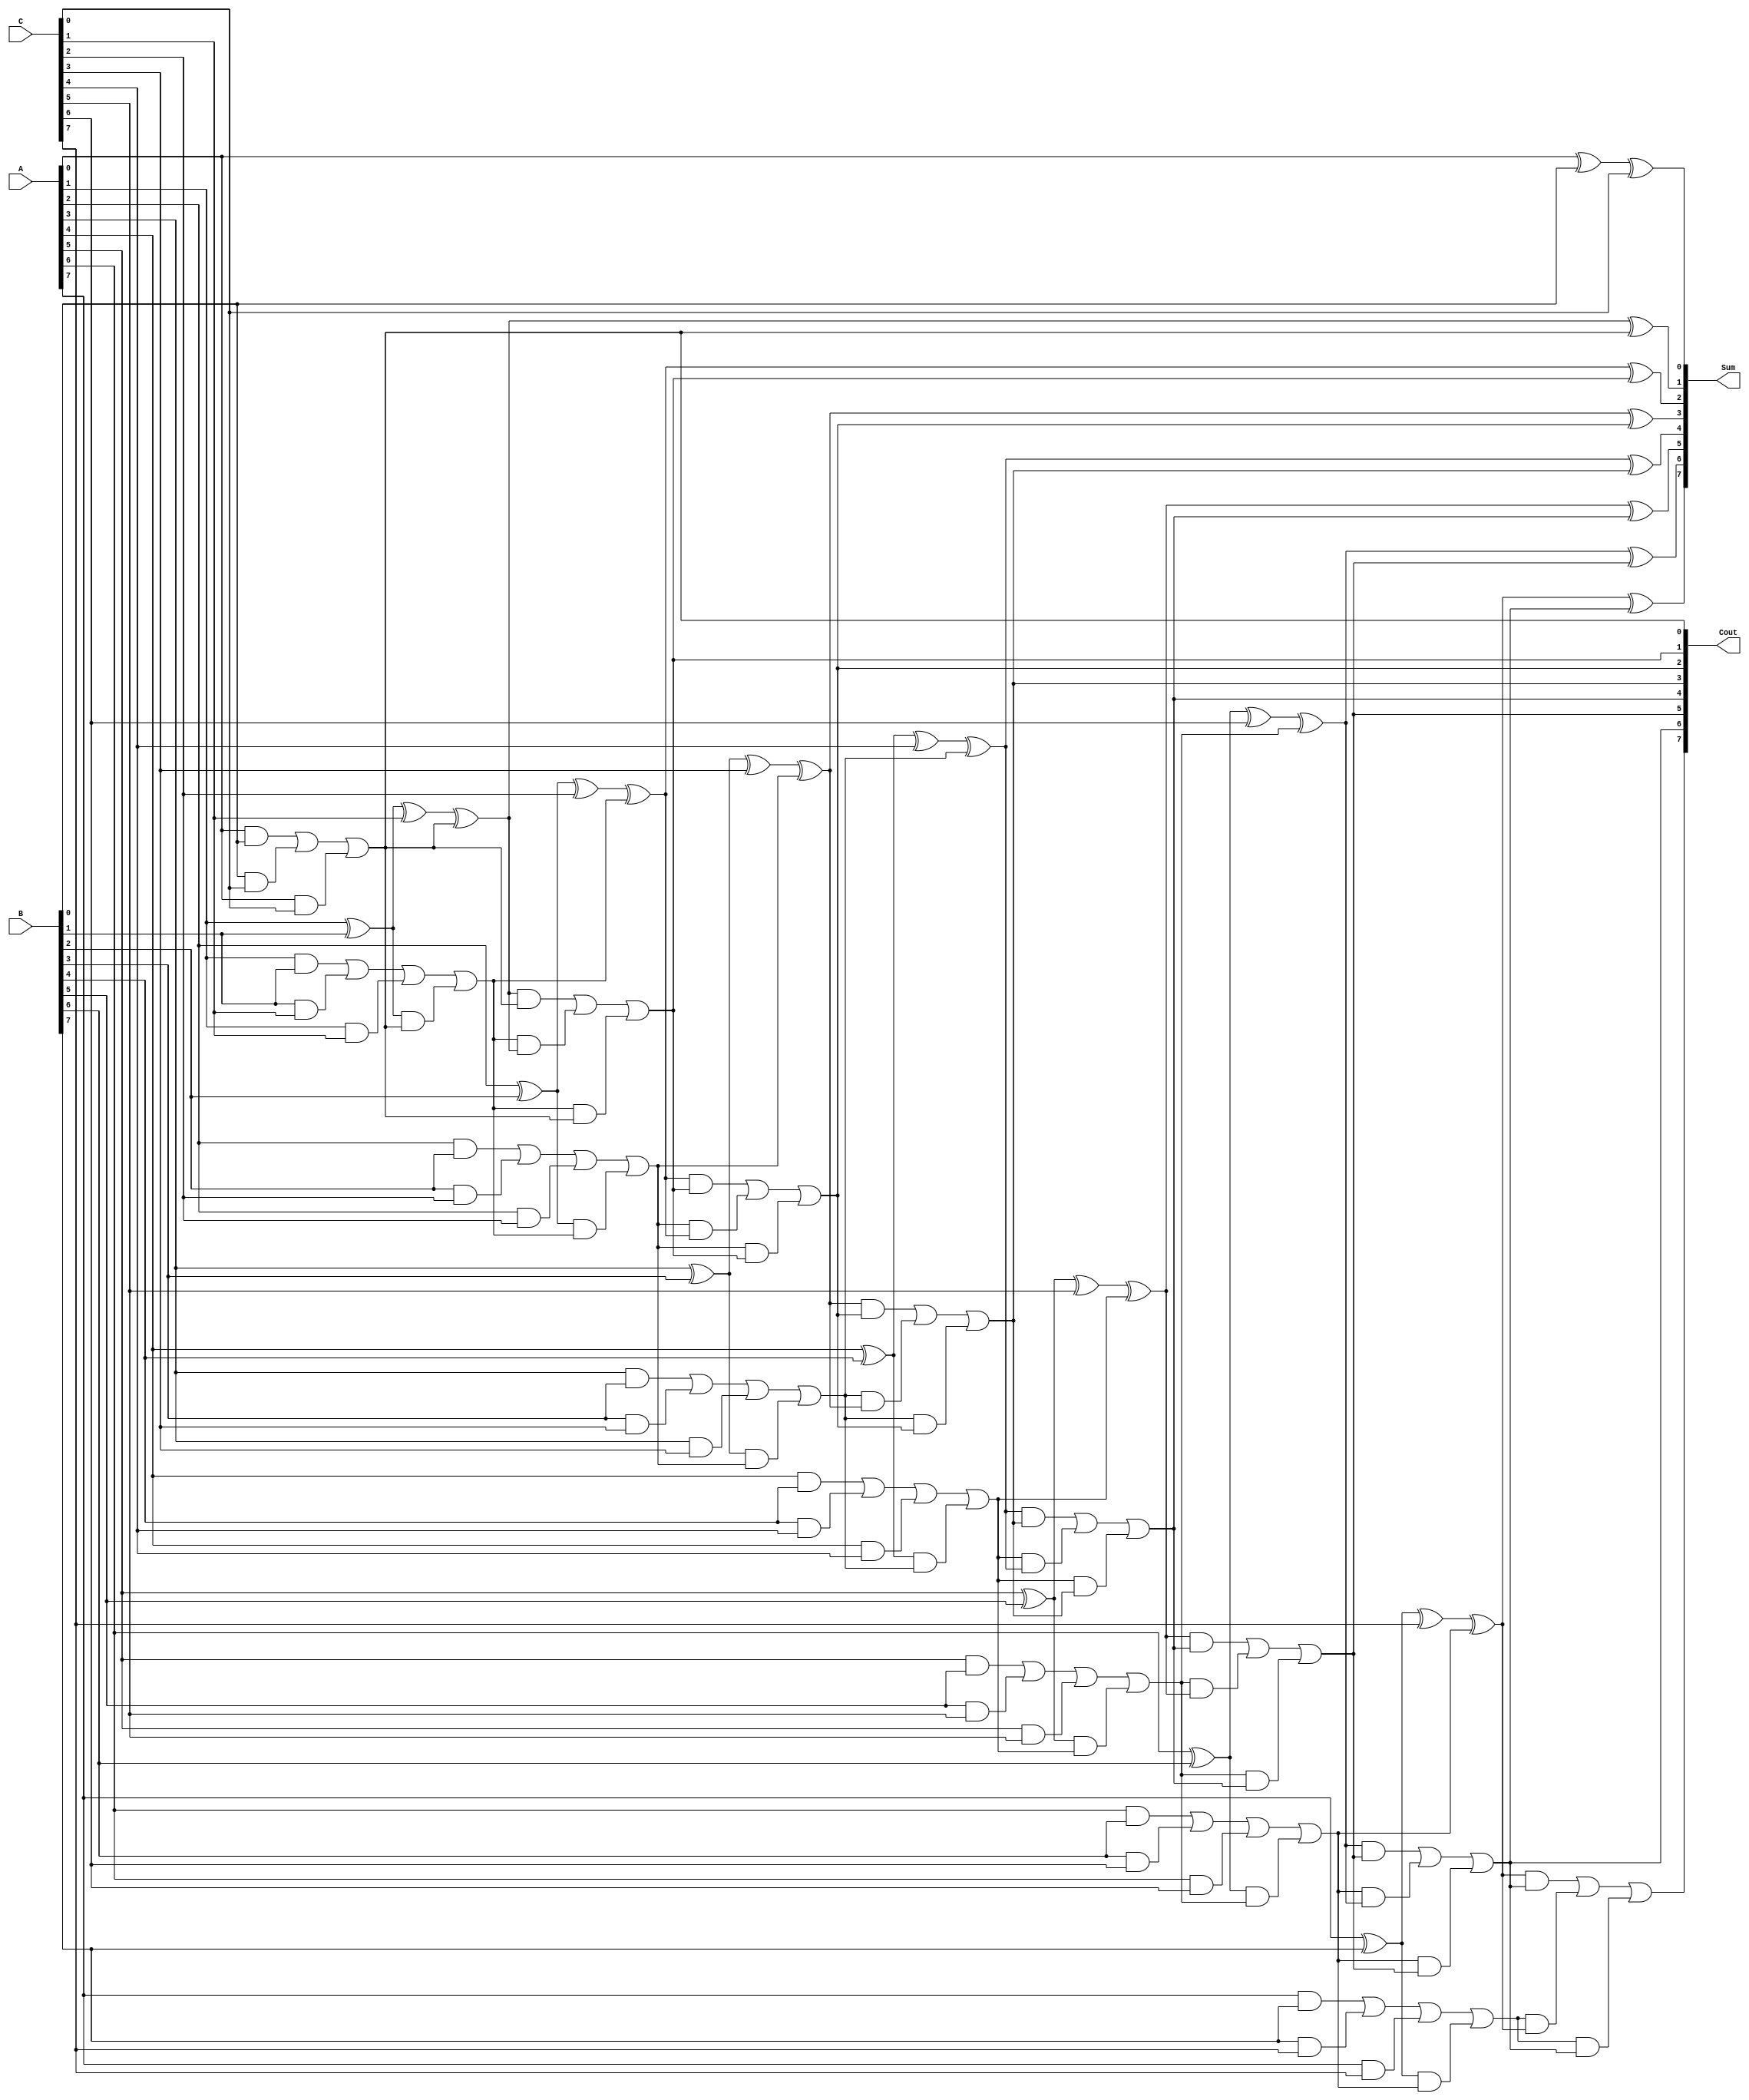
module carry_save_adder(
    input  [7:0] A,  // First input
    input  [7:0] B,  // Second input
    input  [7:0] C,  // Third input
    output [7:0] Sum, // Final sum output
    output [7:0] Cout // Final carry output
);

    // Intermediate sums and carries
    wire [7:0] sum1, sum2, carry1, carry2;

    // 1st level of full adders (CSA)
    generate
        genvar i;
        for (i = 0; i < 8; i = i + 1) begin : CSA
            if (i == 0) begin
                assign sum1[i] = A[i] ^ B[i] ^ C[i]; // Sum output from 1st CSA
                assign carry1[i] = (A[i] & B[i]) | (B[i] & C[i]) | (A[i] & C[i]); // Carry output from 1st CSA
            end else begin
                assign sum1[i] = A[i] ^ B[i] ^ C[i] ^ carry1[i-1];
                assign carry1[i] = (A[i] & B[i]) | (B[i] & C[i]) | (A[i] & C[i]) | ((A[i] ^ B[i]) & carry1[i-1]);
            end
        end
    endgenerate

    // 2nd level of full adders (Reduction Tree)
    // Combine sums and carries to produce final sum and carry, using the same logic
    generate
        for (i = 0; i < 8; i = i + 1) begin : Reduction_Tree
            if (i == 0) begin
                assign sum2[i] = sum1[i]; // Wire the first sum directly
                assign carry2[i] = carry1[i]; // Wire the first carry directly
            end else begin
                assign sum2[i] = sum1[i] ^ carry2[i-1]; // Final sum output
                assign carry2[i] = (sum1[i] & carry2[i-1]) | (carry1[i] & sum1[i]) | (carry1[i] & carry2[i-1]); // Final carry output
            end
        end
    endgenerate

    // Final outputs
    assign Sum = sum2; // The final sum output
    assign Cout = carry2; // The final carry output

endmodule